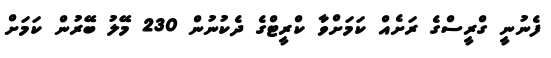
ފެނުނީ ގްރީސްގެ ރަށެއް ކަމަށްވާ ކްރީޓްގެ ދެކުނުން 230 މޭލު ބޭރުން ކަމަށް